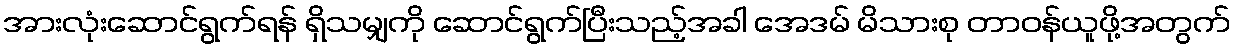
အားလုံးဆောင်ရွက်ရန် ရှိသမျှကို ဆောင်ရွက်ပြီးသည့်အခါ အေဒမ် မိသားစု တာဝန်ယူဖို့အတွက်